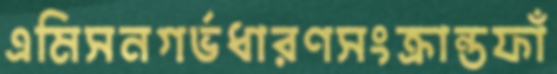
এমিসনগর্ভধারণসংক্রান্তফাঁ